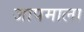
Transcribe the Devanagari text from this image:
जापमाला